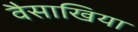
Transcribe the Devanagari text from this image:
वैसाखिया